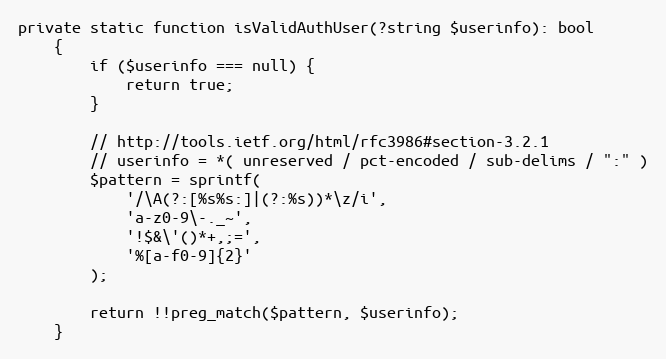
Language: PHP
private static function isValidAuthUser(?string $userinfo): bool
    {
        if ($userinfo === null) {
            return true;
        }

        // http://tools.ietf.org/html/rfc3986#section-3.2.1
        // userinfo = *( unreserved / pct-encoded / sub-delims / ":" )
        $pattern = sprintf(
            '/\A(?:[%s%s:]|(?:%s))*\z/i',
            'a-z0-9\-._~',
            '!$&\'()*+,;=',
            '%[a-f0-9]{2}'
        );

        return !!preg_match($pattern, $userinfo);
    }